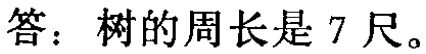
答：树的周长是 7 尺。